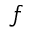
^ f